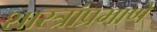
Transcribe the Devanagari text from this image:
शास्त्रांप्रमाणे